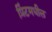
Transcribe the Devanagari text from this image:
प्रिंटमधील